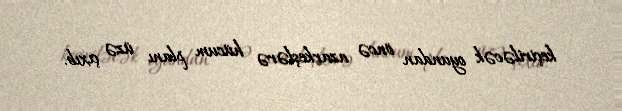
keçiriləcək oyundan öncə azarkeşlərə hücum planı üzə çıxıb.